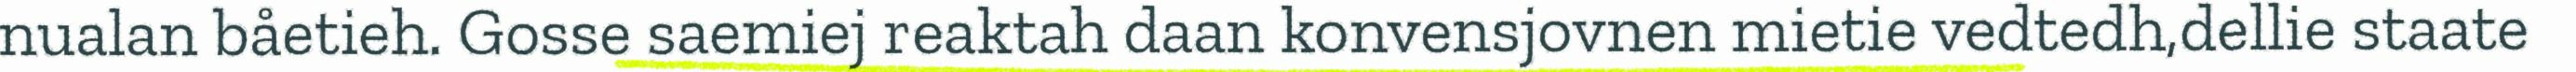
nualan båetieh. Gosse saemiej reaktah daan konvensjovnen mietie vedtedh,dellie staate